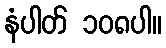
နံပါတ် ၁၀၈ပါ။